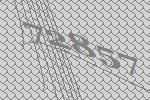
72857